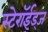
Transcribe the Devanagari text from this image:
स्टेरॉईड्ज